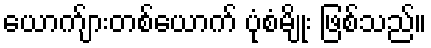
ယောက်ျားတစ်ယောက် ပုံစံမျိုး ဖြစ်သည်။